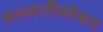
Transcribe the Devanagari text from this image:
मल्लारीसोबत